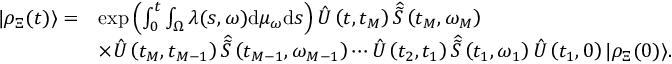
\begin{array} { r l } { | \rho _ { \Xi } ( t ) \rangle = } & { \exp \left( \int _ { 0 } ^ { t } \int _ { \Omega } \lambda ( s , \omega ) \mathrm { d } \mu _ { \omega } \mathrm { d } s \right) \hat { U } \left( t , t _ { M } \right) \widehat { \widetilde { S } } \left( t _ { M } , \omega _ { M } \right) } \\ & { \times \hat { U } \left( t _ { M } , t _ { M - 1 } \right) \widehat { \widetilde { S } } \left( t _ { M - 1 } , \omega _ { M - 1 } \right) \cdots \hat { U } \left( t _ { 2 } , t _ { 1 } \right) \widehat { \widetilde { S } } \left( t _ { 1 } , \omega _ { 1 } \right) \hat { U } \left( t _ { 1 } , 0 \right) | \rho _ { \Xi } ( 0 ) \rangle . } \end{array}